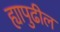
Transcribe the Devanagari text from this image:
ह्यापुढील